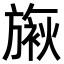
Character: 𬀓